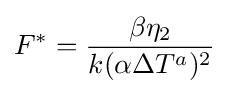
F^{*}={\frac {\beta \eta _{2}}{k(\alpha \Delta T^{a})^{2}}}